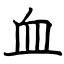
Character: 血